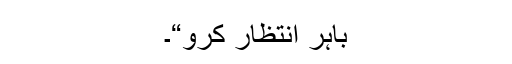
باہر انتظار کرو“۔